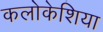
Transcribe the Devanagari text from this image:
कलोकेशिया